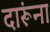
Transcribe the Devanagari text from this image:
दारूंना